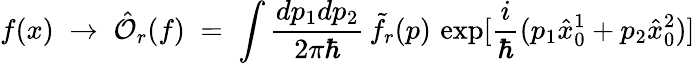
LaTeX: f(x)\; \to\; {\hat{\mathcal O}}_{r}(f)\; =\; \int\frac{dp_{1}dp_{2}}{2\pi\hbar}\, {\tilde{f}}_{r}(p)\, \exp[\frac{i}{\hbar}(p_{1}{\hat{x}}_{0}^{1}+p_{2}{\hat{x}}_{0}^{2})]